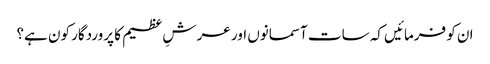
ان کو فرمائیں کہ سات آسمانوں اور عرشِ عظیم کا پروردگار کون ہے؟